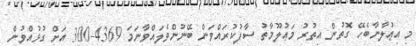
މި އިޢުލާނާބެހޭ ގޮތުން އިތުރު މަޢުލޫމާތު ސާފުކުރައްވަން ބޭނުންވެލައްވާނަމަ 4369-300 އަށް ގުޅުއްވުން